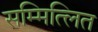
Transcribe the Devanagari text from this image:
सम्मित्लित